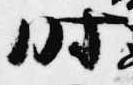
時